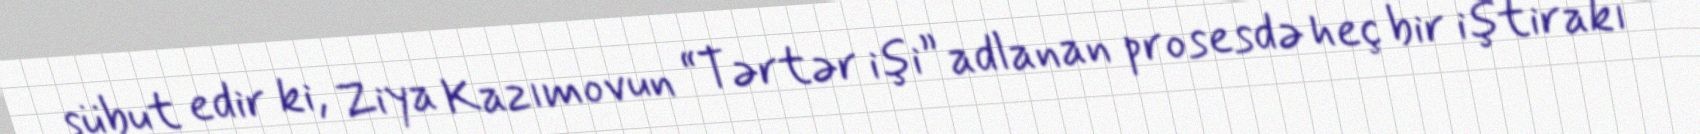
sübut edir ki, Ziya Kazımovun “Tərtər işi” adlanan prosesdə heç bir iştirakı